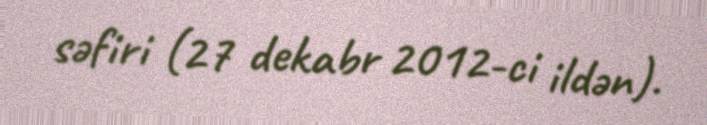
səfiri (27 dekabr 2012-ci ildən).